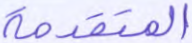
المتقدمة